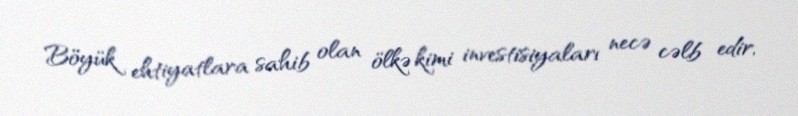
Böyük ehtiyatlara sahib olan ölkə kimi investisiyaları necə cəlb edir,